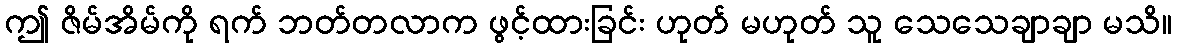
ဤ ဇိမ်အိမ်ကို ရက် ဘတ်တလာက ဖွင့်ထားခြင်း ဟုတ် မဟုတ် သူ သေသေချာချာ မသိ။